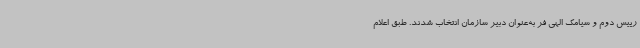
رییس دوم و سیامک الهی فر به‌عنوان دبیر سازمان انتخاب شدند. طبق اعلام